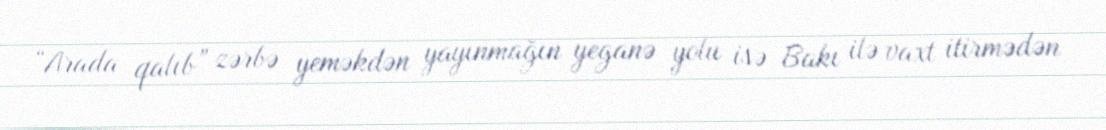
“Arada qalıb” zərbə yeməkdən yayınmağın yeganə yolu isə Bakı ilə vaxt itirmədən